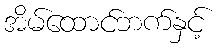
အိမ်ထောင်ဘက်နှင့်